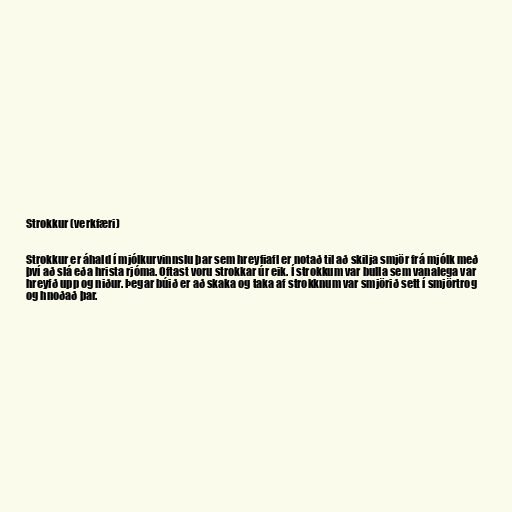
Strokkur (verkfæri)

Strokkur er áhald í mjólkurvinnslu þar sem hreyfiafl er notað til að skilja smjör frá mjólk með
því að slá eða hrista rjóma. Oftast voru strokkar úr eik. Í strokkum var bulla sem vanalega var
hreyfð upp og niður. Þegar búið er að skaka og taka af strokknum var smjörið sett í smjörtrog
og hnoðað þar.